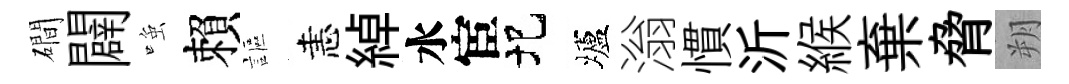
磵闢𫪻賴謳恚綽水宦圯壚滃慣沂緱棄脅朔